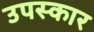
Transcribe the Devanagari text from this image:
उपस्‍कार